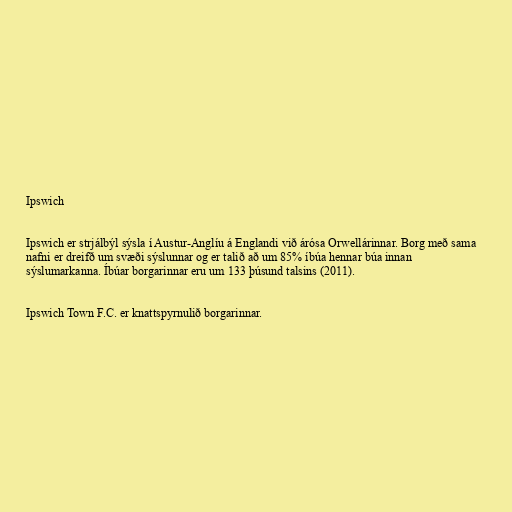
Ipswich

Ipswich er strjálbýl sýsla í Austur-Anglíu á Englandi við árósa Orwellárinnar. Borg með sama
nafni er dreifð um svæði sýslunnar og er talið að um 85% íbúa hennar búa innan
sýslumarkanna. Íbúar borgarinnar eru um 133 þúsund talsins (2011).

Ipswich Town F.C. er knattspyrnulið borgarinnar.